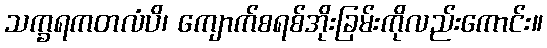
သက္ခရကတလံပိ၊ ကျောက်စရစ်အိုးခြမ်းကိုလည်းကောင်း။